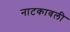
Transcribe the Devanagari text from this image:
नाटकावली